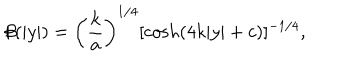
LaTeX: \beta ( | y | ) = \left( \frac { k } { a } \right) ^ { 1 / 4 } { [ \cosh ( 4 k | y | + c ) ] ^ { - 1 / 4 } } ,